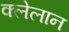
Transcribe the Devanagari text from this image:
क्लेलान